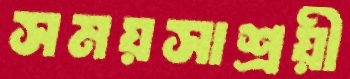
সময়সাশ্রয়ী